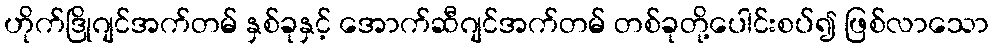
ဟိုက်ဒြိုဂျင်အက်တမ် နှစ်ခုနှင့် အောက်ဆီဂျင်အက်တမ် တစ်ခုတို့ပေါင်းစပ်၍ ဖြစ်လာသော